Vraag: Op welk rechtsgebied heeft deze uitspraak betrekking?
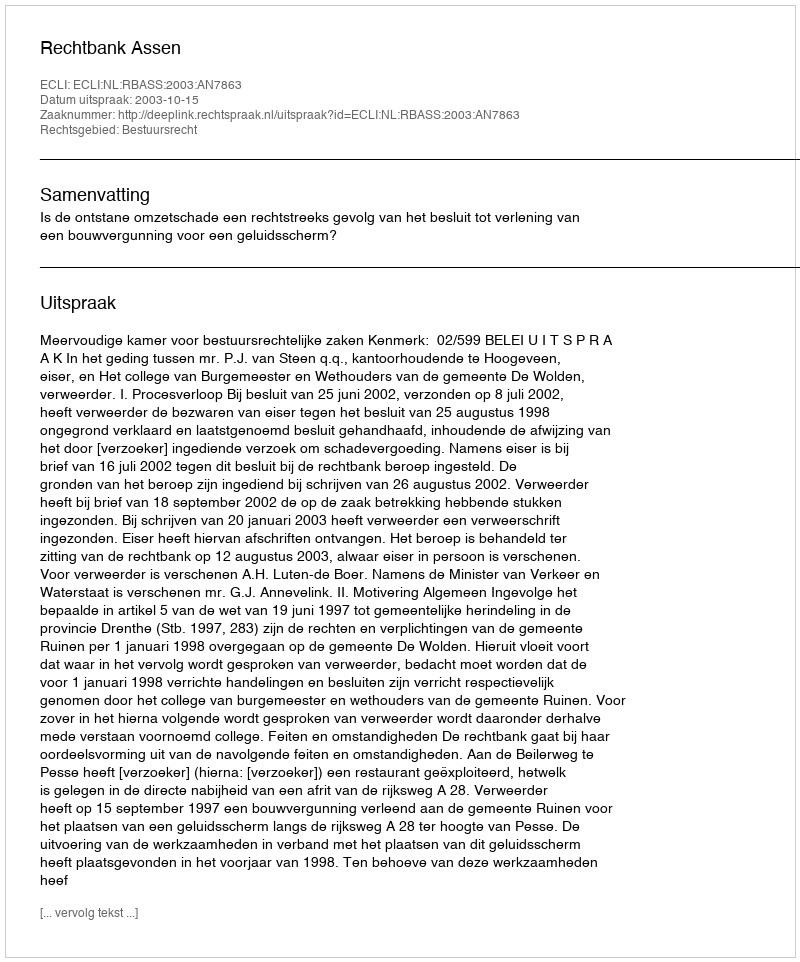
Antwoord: Bestuursrecht